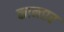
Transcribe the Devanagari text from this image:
कान्तार